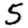
Digit: 5